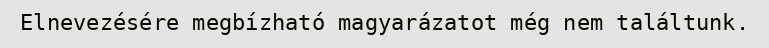
Elnevezésére megbízható magyarázatot még nem találtunk.